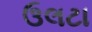
ઉલટા